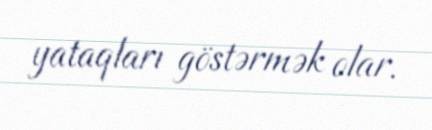
yataqları göstərmək olar.